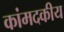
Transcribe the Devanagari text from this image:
कांमदकीय